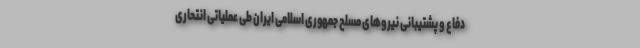
دفاع و پشتیبانی نیروهای مسلح جمهوری اسلامی ایران طی عملیاتی انتحاری